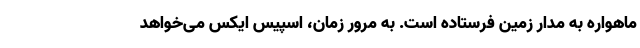
ماهواره به مدار زمین فرستاده است. به مرور زمان، اسپیس ایکس می‌خواهد